Scottish Leaving Certificate Examination, 1959
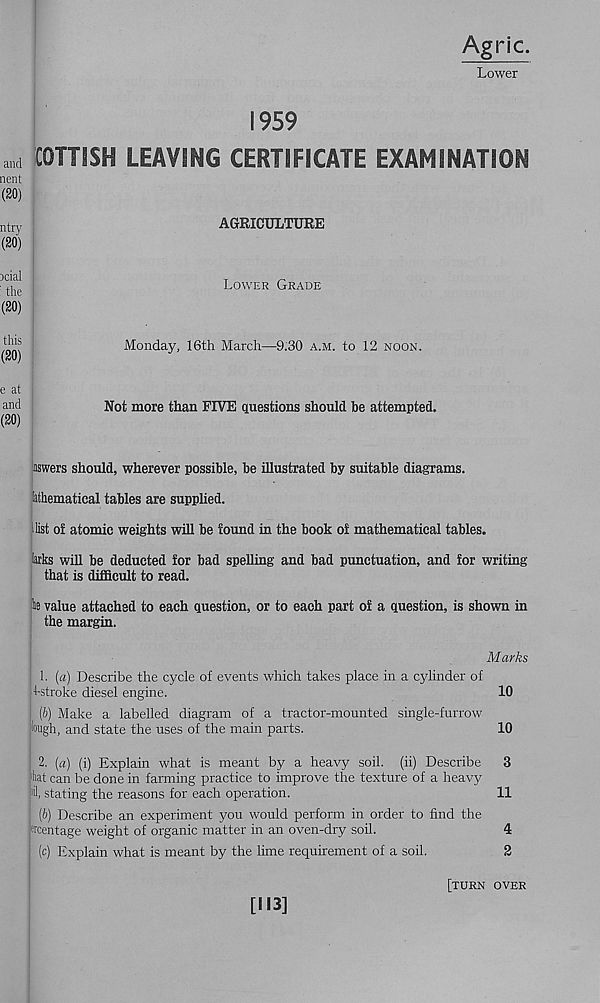
Agric.
Lower
1959
„,d tOTTISH LEAVING CERTIFICATE EXAMINATION
nent
(20)
ntry
(20)
AGRICULTURE
jcial
: the
(20)
Lower Grade
this
(20)
e at
and
(20)
Monday, 16th March—9.30 a.m. to 12 noon.
Not more than FIVE qiuestions should be attempted.
laswers should, wherever possible, be illustrated by suitable diagrams,
lathematical tables are supplied.
i list of atomic weights will be found in the book of mathematical tables.
larks will be deducted for bad spelling and bad punctuation, and for writing
that is difficult to read.
le value attached to each question, or to each part of a question, is shown in
the margin.
Marks
1. (a) Describe the cycle of events which takes place in a cylinder of
4-stroke diesel engine.
10
(b) Make a labelled diagram of a tractor-mounted single-furrow
lough, and state the uses of the main parts.
10
2. (a) (i) Explain what is meant by a heavy soil, (ii) Describe 3
tat can be done in fanning practice to improve the texture of a heavy
*1, stating the reasons for each operation.
11
[b) Describe an experiment you would perform in order to find the
ercentage weight of organic matter in an oven-dry soil.
4
(c) Explain what is meant by the lime requirement of a soil.
2
[turn over
[113]